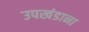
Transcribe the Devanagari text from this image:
उपखंडाना